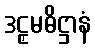
ဒဠှမဓိဋ္ဌာနံ